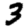
Digit: 3